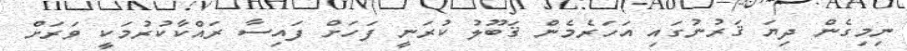
ނިމިގެން ދިޔަ ޤަރުނުގައި އަހަރެމެން ޤަބޫލު ކުރަނީ ފަހަށް ފައިސާ ރައްކާކުރުމަކީ ވަރަށް